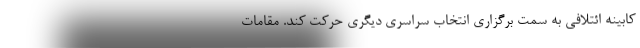
کابینه ائتلافی به سمت برگزاری انتخاب سراسری دیگری حرکت کند. مقامات